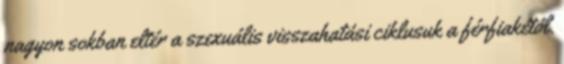
nagyon sokban eltér a szexuális visszahatási ciklusuk a férfiakétól.